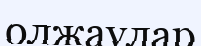
олжаулар